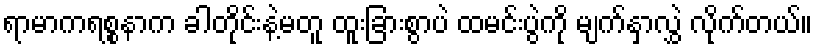
ရာမာကရစ္စနာက ခါတိုင်းနဲ့မတူ ထူးခြားစွာပဲ ထမင်းပွဲကို မျက်နှာလွှဲ လိုက်တယ်။